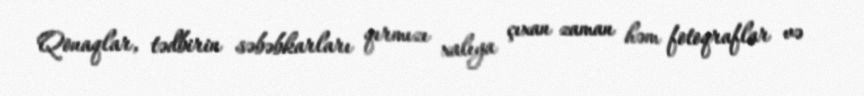
Qonaqlar, tədbirin səbəbkarları qırmızı xalıya çıxan zaman həm fotoqraflar və